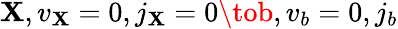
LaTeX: \mathbf{X},v_{\mathbf{X}}=0,j_{\mathbf{X}}=0\tob,v_{b}=0,j_{b}